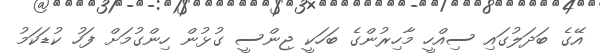
އޭގެ ބަދަލުގައި ސިއްހީ މާހިރުންގެ ބަހަކީ ޖިންސީ ގުޅުން ހިންގުމަށް ފަހު ކުޑަކަމު